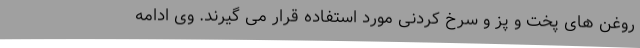
روغن های پخت و پز و سرخ کردنی مورد استفاده قرار می گیرند. وی ادامه